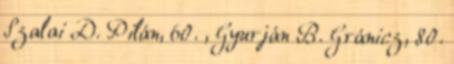
Szalai D. Pilán, 60. , Gyurján B. Gránicz, 80.